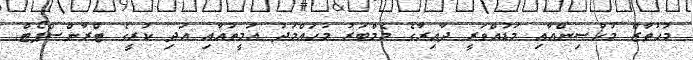
މުހުތާޒް މުހުސިންއާއި މަޑުއްވަރީ ދާއިރާގެ މެމްބަރު މުހައްމަދު އަމީތުއާއި އަދި ކުރީގެ ޓްރާންސްޕޯޓް